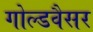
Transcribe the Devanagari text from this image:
गोल्डवैसर